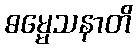
ဓမ္မေသနာတိ